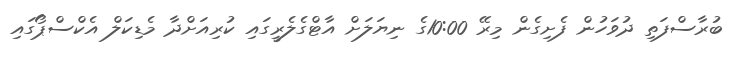
ބުރާސްފަތި ދުވަހުން ފެށިގެން މިރޭ 10:00ގެ ނިޔަލަށް އާޓްގެލެރީގައި ކުރިއަށްދާ މެޑިކަލް އެކްސްޕޯގައި